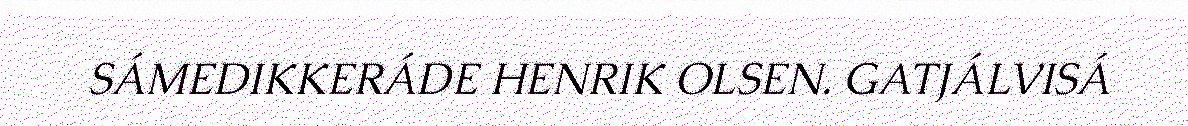
SÁMEDIKKERÁDE HENRIK OLSEN. GATJÁLVISÁ